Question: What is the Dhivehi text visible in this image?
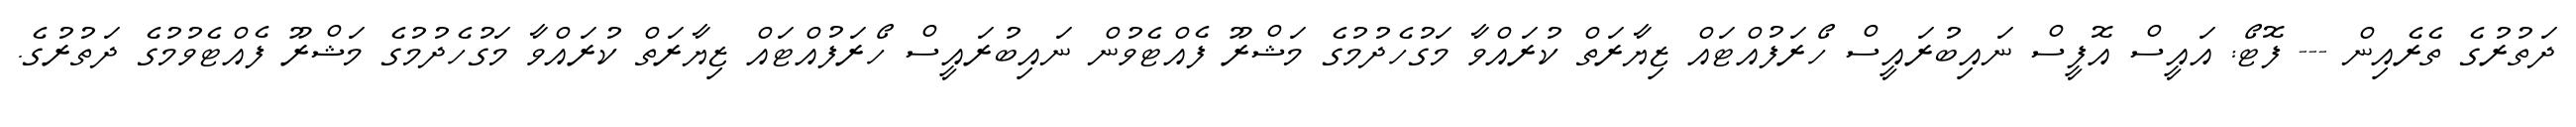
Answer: ދަތުރުގެ ތެރެއިން --- ފޮޓޯ: އައީސް އޮފީސް ނައިބުރައީސް ހޯރަފުއްޓައް ޒިޔާރަތް ކުރައްވާ މަގުހެދުމުގެ މަޝްރޫ ފެއްޓެވުން ނައިބުރައީސް ހޯރަފުއްޓައް ޒިޔާރަތް ކުރައްވާ މަގުހެދުމުގެ މަޝްރޫ ފެއްޓެވުމުގެ ދަތުރުގެ.